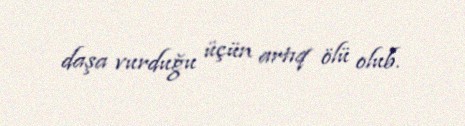
daşa vurduğu üçün artıq ölü olub.